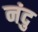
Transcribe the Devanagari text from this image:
नंदु